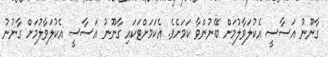
ގާނޫނު އަސާސީ އެކުލަވާލުމަށް ބޭނުންވާ ކަމަށެވެ. އެކަމަށްޓަކައި ގާނޫނު އަސާސީ އެކުލަވާލުމަށް ގާނުނު